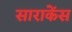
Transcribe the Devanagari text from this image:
साराकेंस